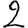
Digit: 9